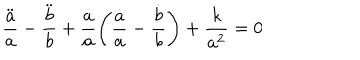
\frac { \ddot { a } } { a } - \frac { \ddot { b } } { b } + \frac { \dot { a } } { a } \Bigg ( \frac { \dot { a } } { a } - \frac { \dot { b } } { b } \Bigg ) + \frac { k } { a ^ { 2 } } = 0